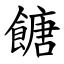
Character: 餹